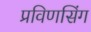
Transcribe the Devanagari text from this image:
प्रविणसिंग